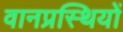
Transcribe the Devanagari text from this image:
वानप्रस्थियों